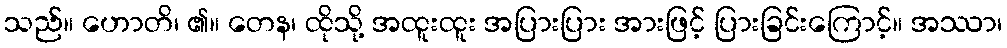
သည်။ ဟောတိ၊ ၏။ တေန၊ ထိုသို့ အထူးထူး အပြားပြား အားဖြင့် ပြားခြင်းကြောင့်။ အဿာ၊